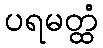
ပရမတ္ထံ